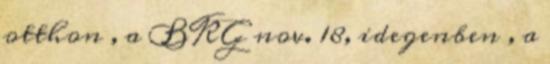
otthon , a BKG nov. 18, idegenben , a